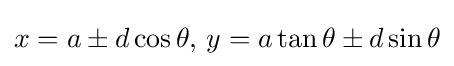
x=a\pm d\cos \theta ,\,y=a\tan \theta \pm d\sin \theta